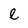
Character: e